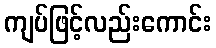
ကျပ်ဖြင့်လည်းကောင်း